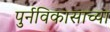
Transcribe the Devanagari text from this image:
पुर्नविकासाच्या